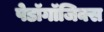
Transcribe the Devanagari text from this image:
पेडॉगॉजिक्स